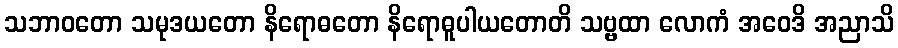
သဘာဝတော သမုဒယတော နိရောဓတော နိရောဓူပါယတောတိ သဗ္ဗထာ လောကံ အဝေဒိ အညာသိ